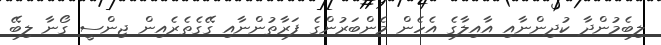
ލިބެމުންދާ ކުދިންނާއި އާއިލާގެ އެހެން މެންބަރުންގެ ފަރާތުންނާއި ގޭގެތެރެއިން ޖިންސީ ގޯނާ ލިބޭ